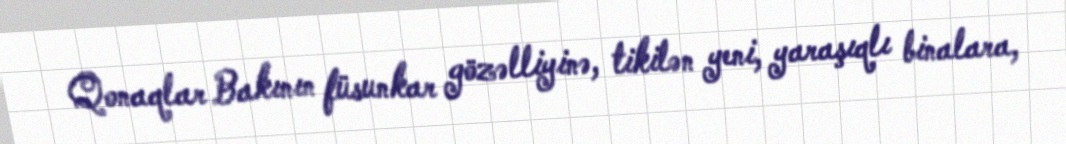
Qonaqlar Bakının füsunkar gözəlliyinə, tikilən yeni, yaraşıqlı binalara,